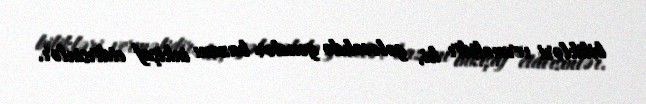
bilikləri verməlidir ki, gələcəkdə gənclər bazanı inkişaf etdirsinlər.